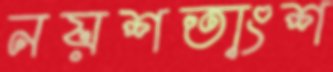
নয়শতাংশ